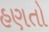
હણતો